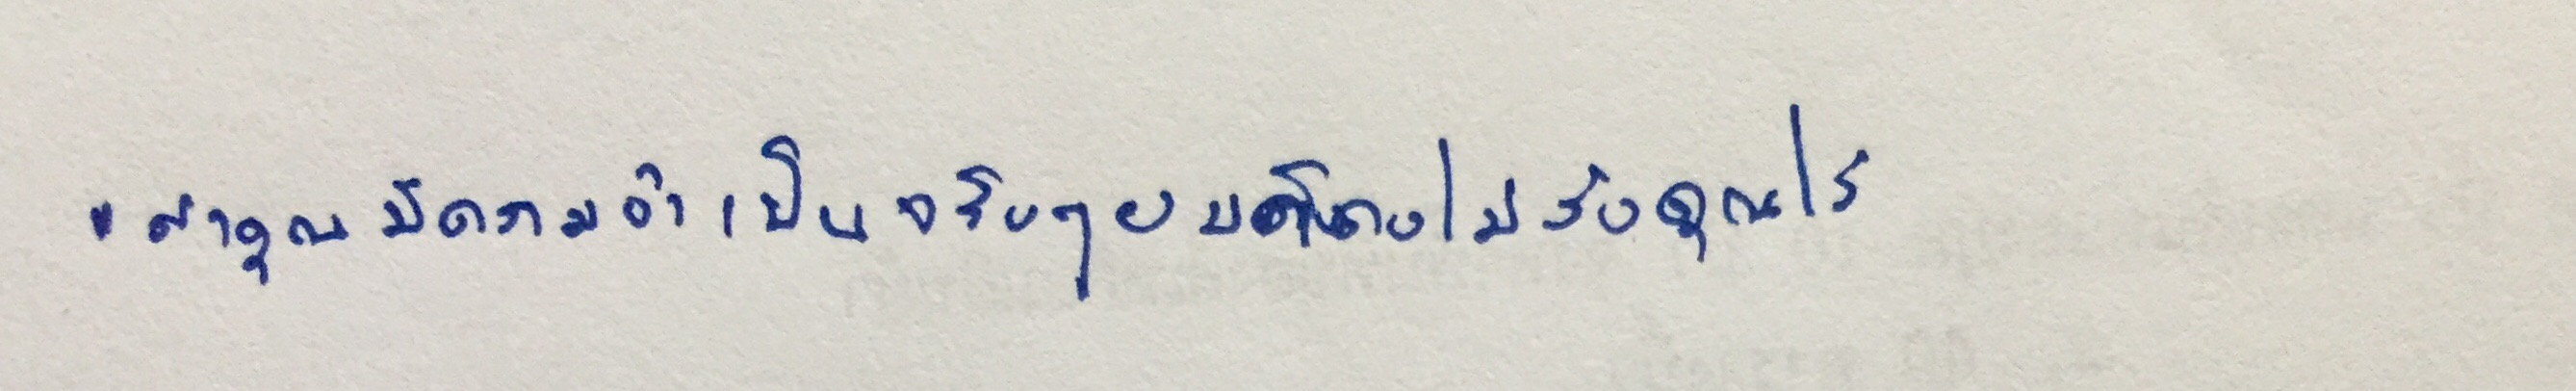
"ถ้าคุณมีความจำเป็นจริงๆผมก็คงไม่รั้งคุณไว้